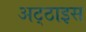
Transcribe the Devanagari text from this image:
अट्‌ठाइस